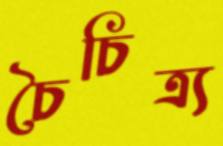
চৈচিত্র্য